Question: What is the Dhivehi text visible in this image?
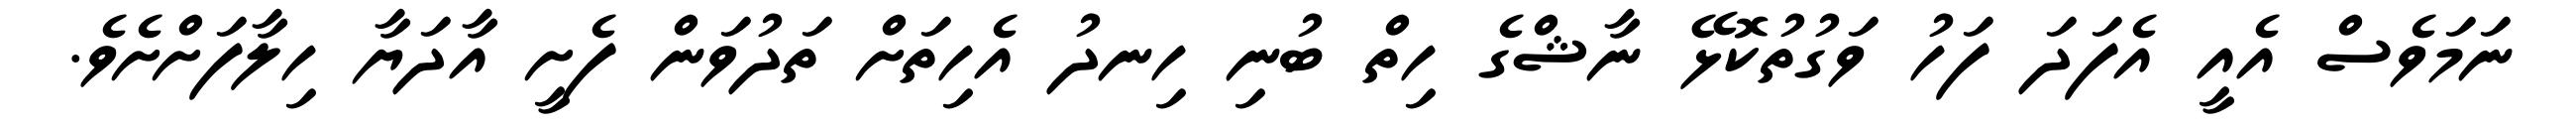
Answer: ނަމަވެސް އެއީ އެފަދަ ފަހު ވަގުތުކޮޅޭ ނާޝްގެ ހިތް ބުނި ހިނދު އެހިތަށް ތަދުވަން ފެށީ އާދަޔާ ހިލާފަށްށެވެ.